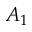
A _ { 1 }